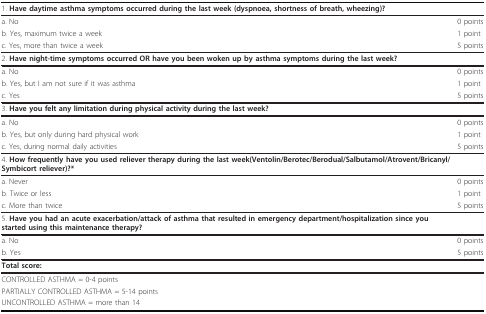
<table><thead><tr><td><b>1. Have daytime asthma symptoms occurred during the last week (dyspnoea, shortness of breath, wheezing)?</b></td><td></td></tr></thead><tbody><tr><td>a. No</td><td>0 points</td></tr><tr><td>b. Yes, maximum twice a week</td><td>1 point</td></tr><tr><td>c. Yes, more than twice a week</td><td>5 points</td></tr><tr><td>2. <b>Have night-time symptoms occurred OR have you been woken up by asthma symptoms during the last week?</b></td><td></td></tr><tr><td>a. No</td><td>0 points</td></tr><tr><td>b. Yes, but I am not sure if it was asthma</td><td>1 point</td></tr><tr><td>c. Yes</td><td>5 points</td></tr><tr><td>3. <b>Have you felt any limitation during physical activity during the last week?</b></td><td></td></tr><tr><td>a. No</td><td>0 points</td></tr><tr><td>b. Yes, but only during hard physical work</td><td>1 point</td></tr><tr><td>c. Yes, during normal daily activities</td><td>5 points</td></tr><tr><td>4. <b>How frequently have you used reliever therapy during the last week(Ventolin/Berotec/Berodual/Salbutamol/Atrovent/Bricanyl/Symbicort reliever)?*</b></td><td></td></tr><tr><td>a. Never</td><td>0 points</td></tr><tr><td>b. Twice or less</td><td>1 point</td></tr><tr><td>c. More than twice</td><td>5 points</td></tr><tr><td>5. <b>Have you had an acute exacerbation/attack of asthma that resulted in emergency department/hospitalization since you started using this maintenance therapy?</b></td><td></td></tr><tr><td>a. No</td><td>0 points</td></tr><tr><td>b. Yes</td><td>5 points</td></tr><tr><td><b>Total score:</b></td><td></td></tr><tr><td>CONTROLLED ASTHMA = 0-4 points</td><td></td></tr><tr><td>PARTIALLY CONTROLLED ASTHMA = 5-14 points</td><td></td></tr><tr><td>UNCONTROLLED ASTHMA = more than 14</td><td></td></tr></tbody></table>